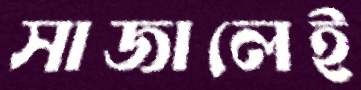
সাজালেই